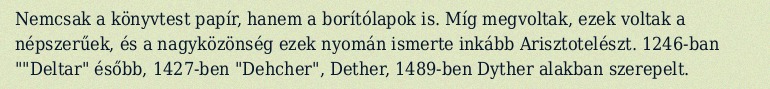
Nemcsak a könyvtest papír, hanem a borítólapok is. Míg megvoltak, ezek voltak a népszerűek, és a nagyközönség ezek nyomán ismerte inkább Arisztotelészt. 1246-ban ""Deltar" ésőbb, 1427-ben "Dehcher", Dether, 1489-ben Dyther alakban szerepelt.